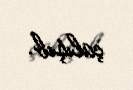
çalışıb.